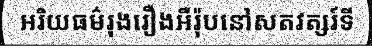
អរិយធម៌រុងរឿងអឺរ៉ុបនៅសតវត្សរ៍ទី